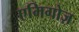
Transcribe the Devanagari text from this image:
एमिगोज़